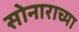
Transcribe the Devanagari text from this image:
सोनाराच्या